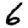
Digit: 6